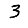
Digit: 3